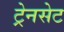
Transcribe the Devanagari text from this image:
ट्रेनसेट